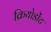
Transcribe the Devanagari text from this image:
क्रियोडोंट